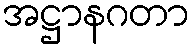
အဋ္ဌာနဂတာ